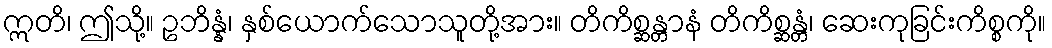
ဣတိ၊ ဤသို့။ ဥဘိန္နံ၊ နှစ်ယောက်သောသူတို့အား။ တိကိစ္ဆန္တာနံ တိကိစ္ဆန္တံ၊ ဆေးကုခြင်းကိစ္စကို။